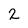
Character: 2